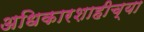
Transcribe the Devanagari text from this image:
अधिकारशाहीच्या